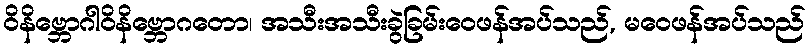
ဝိနိဗ္ဘောဂါဝိနိဗ္ဘောဂတော၊ အသီးအသီးခွဲခြမ်းဝေဖန်အပ်သည်, မဝေဖန်အပ်သည်